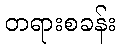
တရားစခန်း